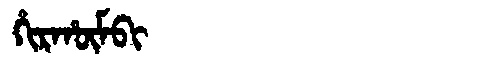
Manchu: ᡥᡳᡵᡥᡡᠮᠪᡳ
Romanization: HIRHŪMBI